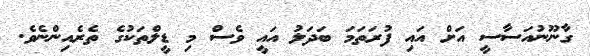
ގާނޫނުއަސާސީ އަށް އައި ފުރަތަމަ ބަަދަލު އައީ ވެސް މި ޑީލްތަކުގެ ތެރެއިންނެވެ.